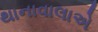
થાનાવાલાએ